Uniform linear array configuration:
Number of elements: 12
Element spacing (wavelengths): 0.5
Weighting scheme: hann
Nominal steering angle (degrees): -15
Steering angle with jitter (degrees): -15.961
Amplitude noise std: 0.05
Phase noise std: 0.05

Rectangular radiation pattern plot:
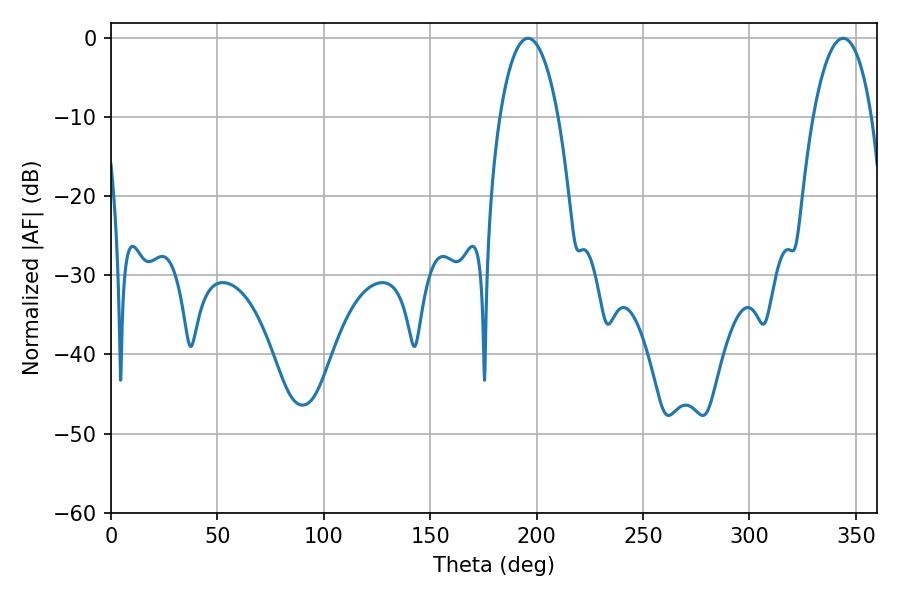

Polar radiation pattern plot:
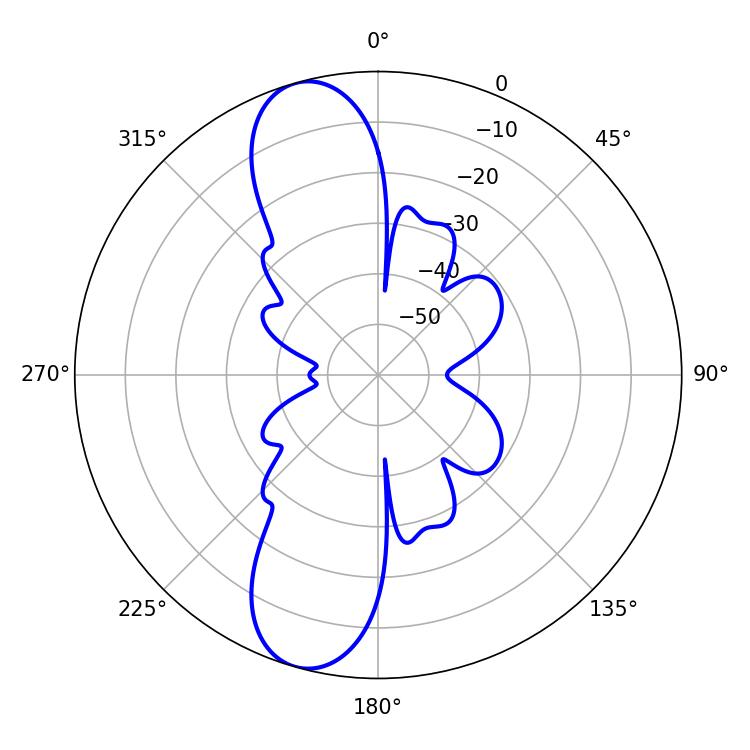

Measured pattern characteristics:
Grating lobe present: FALSE
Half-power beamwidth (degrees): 15.3
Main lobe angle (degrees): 196.02